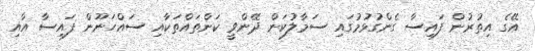
އޭގެ އިތުރުން ފައިސާ ގެންގުޅުމުގައި ސަމާލުކަން ދޭންވީ ކަންތައްތަކާއި ސައްހަނޫން ފައިސާ އާއި